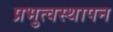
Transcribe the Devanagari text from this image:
प्रभुत्वस्थापन